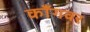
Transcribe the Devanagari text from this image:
काँगवर